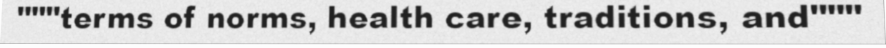
"""terms of norms, health care, traditions, and"""